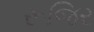
રૂજિર